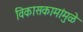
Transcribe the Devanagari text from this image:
विकासकामांमुळे